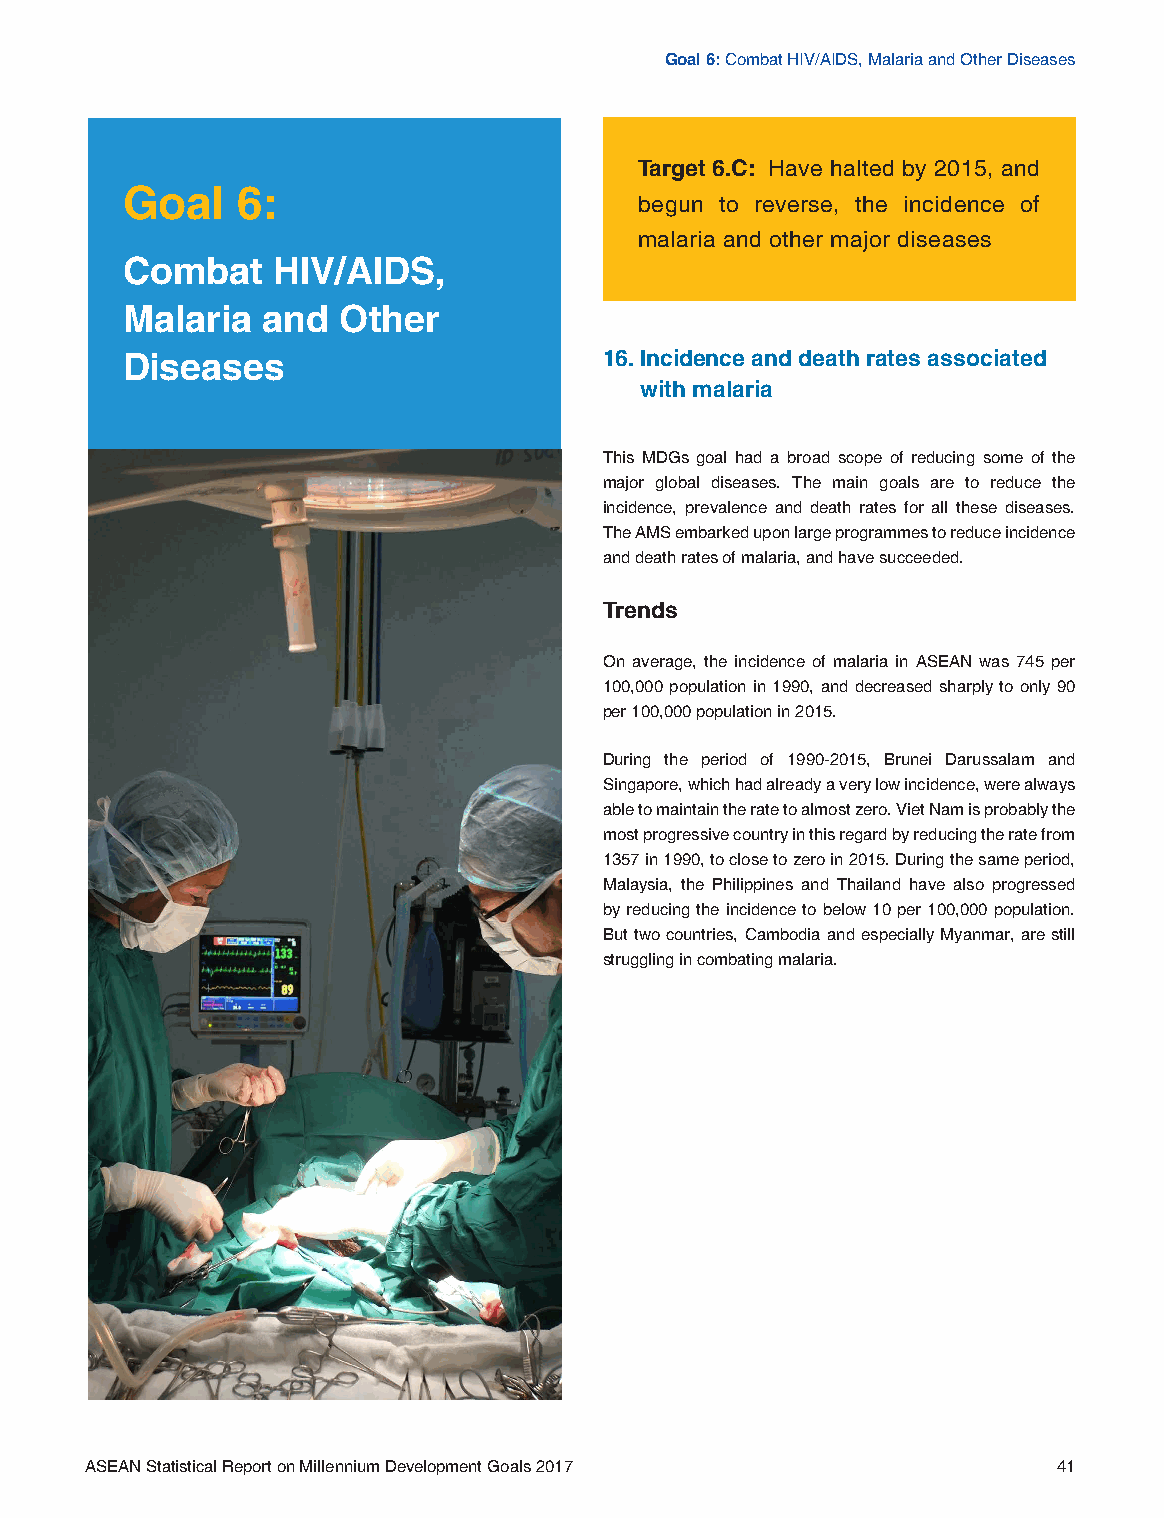
Goal 6: Combat HIV/AIDS, Malaria and Other Diseases
 Target 6.C: Have halted by 2015, and
 Goal    6:
 begun to reverse, the incidence of
 malaria and other major diseases
 Combat    HIV/AIDS,
 Malaria  and  Other
 Diseases                        16. Incidence and death rates associated
 with malaria
 This MDGs goal had a broad scope of reducing some of the
 major global diseases. The main goals are to reduce the
 incidence, prevalence and death rates for all these diseases.
 The AMS embarked upon large programmes to reduce incidence
 and death rates of malaria, and have succeeded.
 Trends
 On average, the incidence of malaria in ASEAN was 745 per
 100,000 population in 1990, and decreased sharply to only 90
 per 100,000 population in 2015.
 During the period of 1990-2015, Brunei Darussalam and
 Singapore, which had already a very low incidence, were always
 able to maintain the rate to almost zero. Viet Nam is probably the
 most progressive country in this regard by reducing the rate from
 1357 in 1990, to close to zero in 2015. During the same period,
 Malaysia, the Philippines and Thailand have also progressed
 by reducing the incidence to below 10 per 100,000 population.
 But two countries, Cambodia and especially Myanmar, are still
 struggling in combating malaria.
 ASEAN Statistical Report on Millennium Development Goals 2017   41